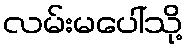
လမ်းမပေါ်သို့